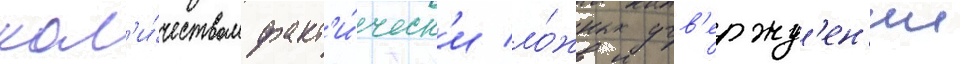
кол'и́чеством факт'и́ческ'и ло́жных утв'ержд'ен'ии